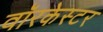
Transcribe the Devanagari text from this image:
वॉरकेस्टर